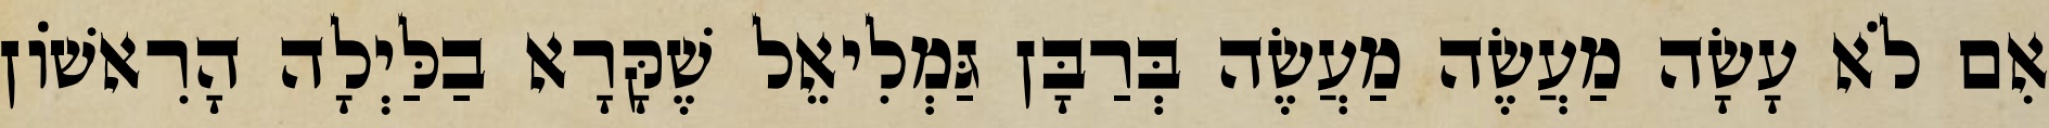
אִם לֹא עָשָׂה מַעֲשֶׂה מַעֲשֶׂה בְּרַבָּן גַּמְלִיאֵל שֶׁקָּרָא בַלַּיְלָה הָרִאשׁוֹן